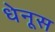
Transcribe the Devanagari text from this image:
धेनूस